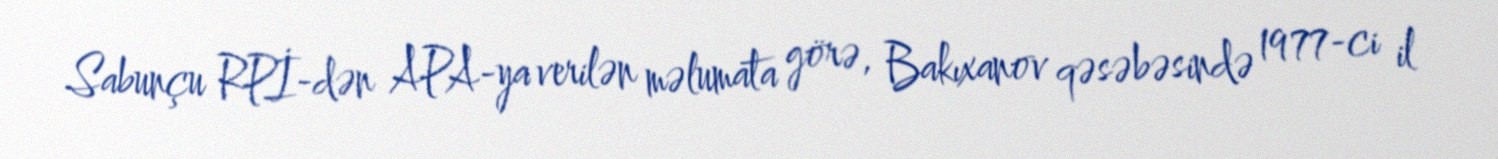
Sabunçu RPİ-dən APA-ya verilən məlumata görə, Bakıxanov qəsəbəsində 1977-ci il